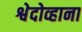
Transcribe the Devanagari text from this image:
श्वेदोव्हाना